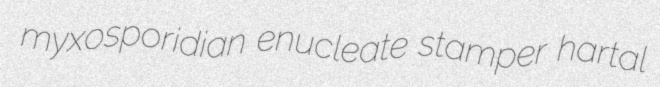
myxosporidian enucleate stamper hartal